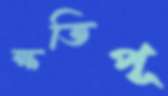
ক্ষতিপূ